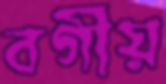
বর্গীয়